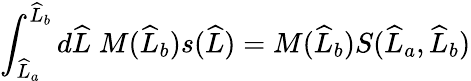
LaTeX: \int_{\widehat{L}_{a}}^{\widehat{L}_{b}}d\widehat{L}\; M(\widehat{L}_{b})s(\widehat{L})=M(\widehat{L}_{b})S(\widehat{L}_{a},\widehat{L}_{b})